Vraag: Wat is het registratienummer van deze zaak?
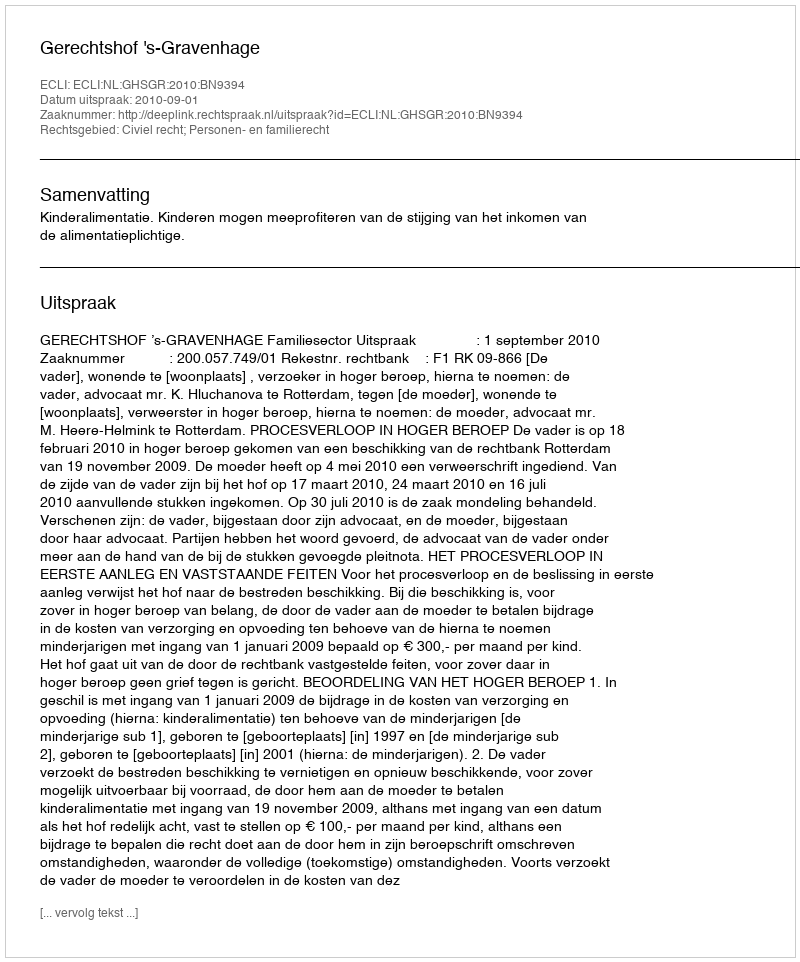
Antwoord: http://deeplink.rechtspraak.nl/uitspraak?id=ECLI:NL:GHSGR:2010:BN9394